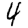
Digit: 4